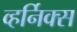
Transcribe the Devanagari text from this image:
व्हर्निक्स